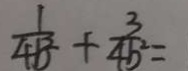
\frac { 1 } { 4 b ^ { 3 } } + \frac { 3 } { 4 b ^ { 2 } } =